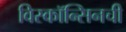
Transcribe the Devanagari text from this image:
विस्कॉन्सिनची